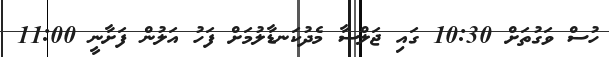
ހުސް ވަގުތަށް 10:30 ގައި ޖަލްސާ މެދުކަނޑާލުމަށް ފަހު އަލުން ފަށާނީ 11:00